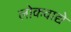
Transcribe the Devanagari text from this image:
लोकवाद्ये